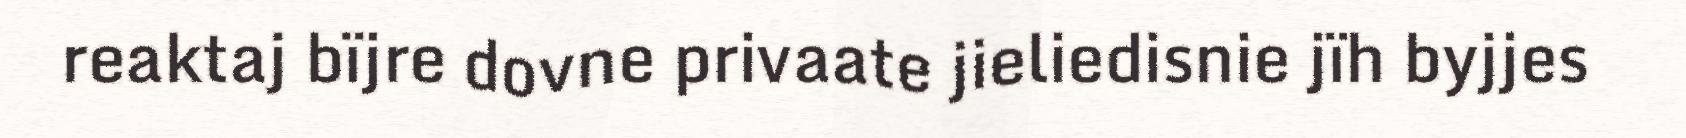
reaktaj bïjre dovne privaate jieliedisnie jïh byjjes